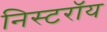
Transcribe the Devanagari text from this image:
निस्टरॉय